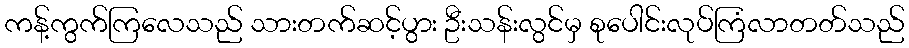
ကန့်ကွက်ကြလေသည် သားတက်ဆင့်ပွား ဦးသန်းလွင်မှ စုပေါင်းလုပ်ကြံလာတတ်သည်